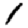
Digit: 1